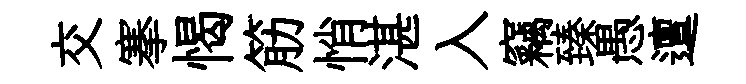
交搴愒筋悄湛入竊臻愚邅